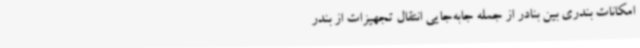
امکانات بندری بین بنادر از جمله جابه‌جایی انتقال تجهیزات از بندر